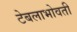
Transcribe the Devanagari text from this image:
टेबलाभोवती